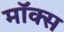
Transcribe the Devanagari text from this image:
मॉक्स